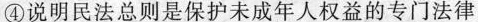
④说明民法总则是保护未成年人权益的专门法律